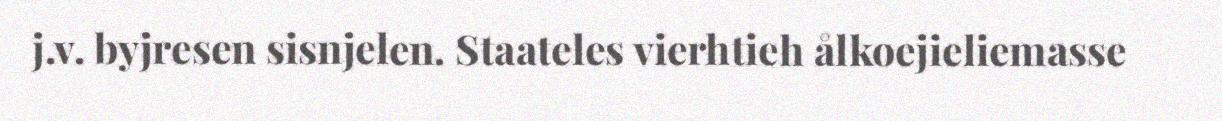
j.v. byjresen sisnjelen. Staateles vierhtieh ålkoejieliemasse